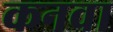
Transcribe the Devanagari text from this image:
कनवा